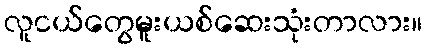
လူငယ်တွေမူးယစ်ဆေးသုံးတာလား။